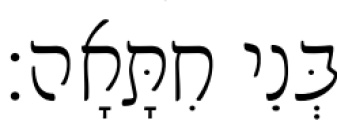
בְּנֵי חִתָּאָה׃